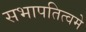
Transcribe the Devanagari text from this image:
सभापतित्वमे